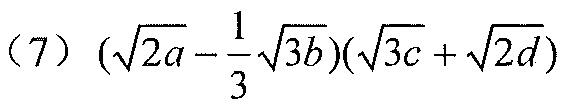
（7）\((\sqrt{2a}-\frac{1}{3}\sqrt{3b})(\sqrt{3c}+\sqrt{2d})\)